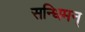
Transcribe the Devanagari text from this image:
सन्धिमन्